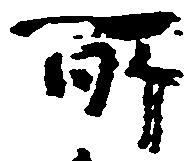
所